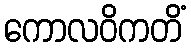
ကောလဝိကတိံ